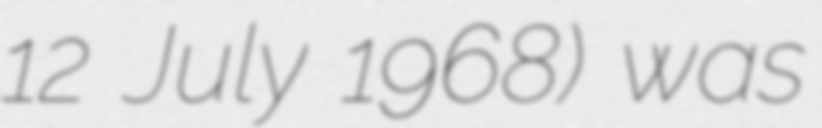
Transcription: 12 July 1968) was